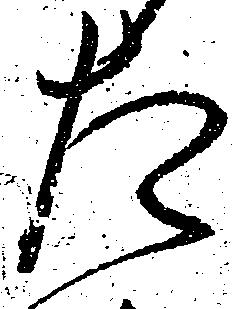
た